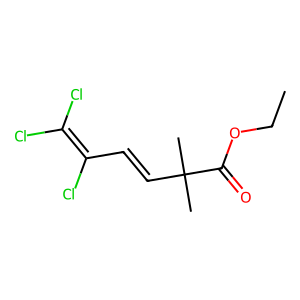
SMILES: CCOC(=O)C(C)(C)C=CC(Cl)=C(Cl)Cl
Inhibits HIV replication: No